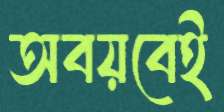
অবয়বেই